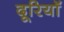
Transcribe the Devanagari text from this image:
दूरियॉ